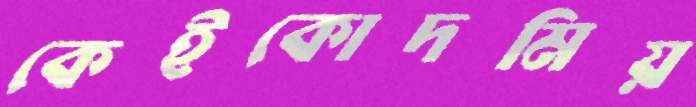
কেইকোদমিয়